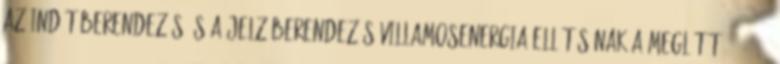
az indítóberendezés és a jelzõberendezés villamosenergia-ellátásának a meglétét. 2.9.2.4.